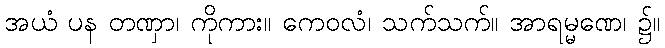
အယံ ပန တဏှာ၊ ကိုကား။ ကေဝလံ၊ သက်သက်။ အာရမ္မဏေ၊ ၌။